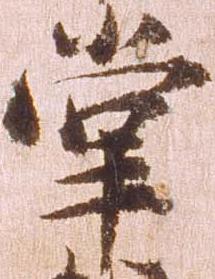
掌